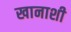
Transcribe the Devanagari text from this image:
खानाशी